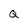
Character: Q